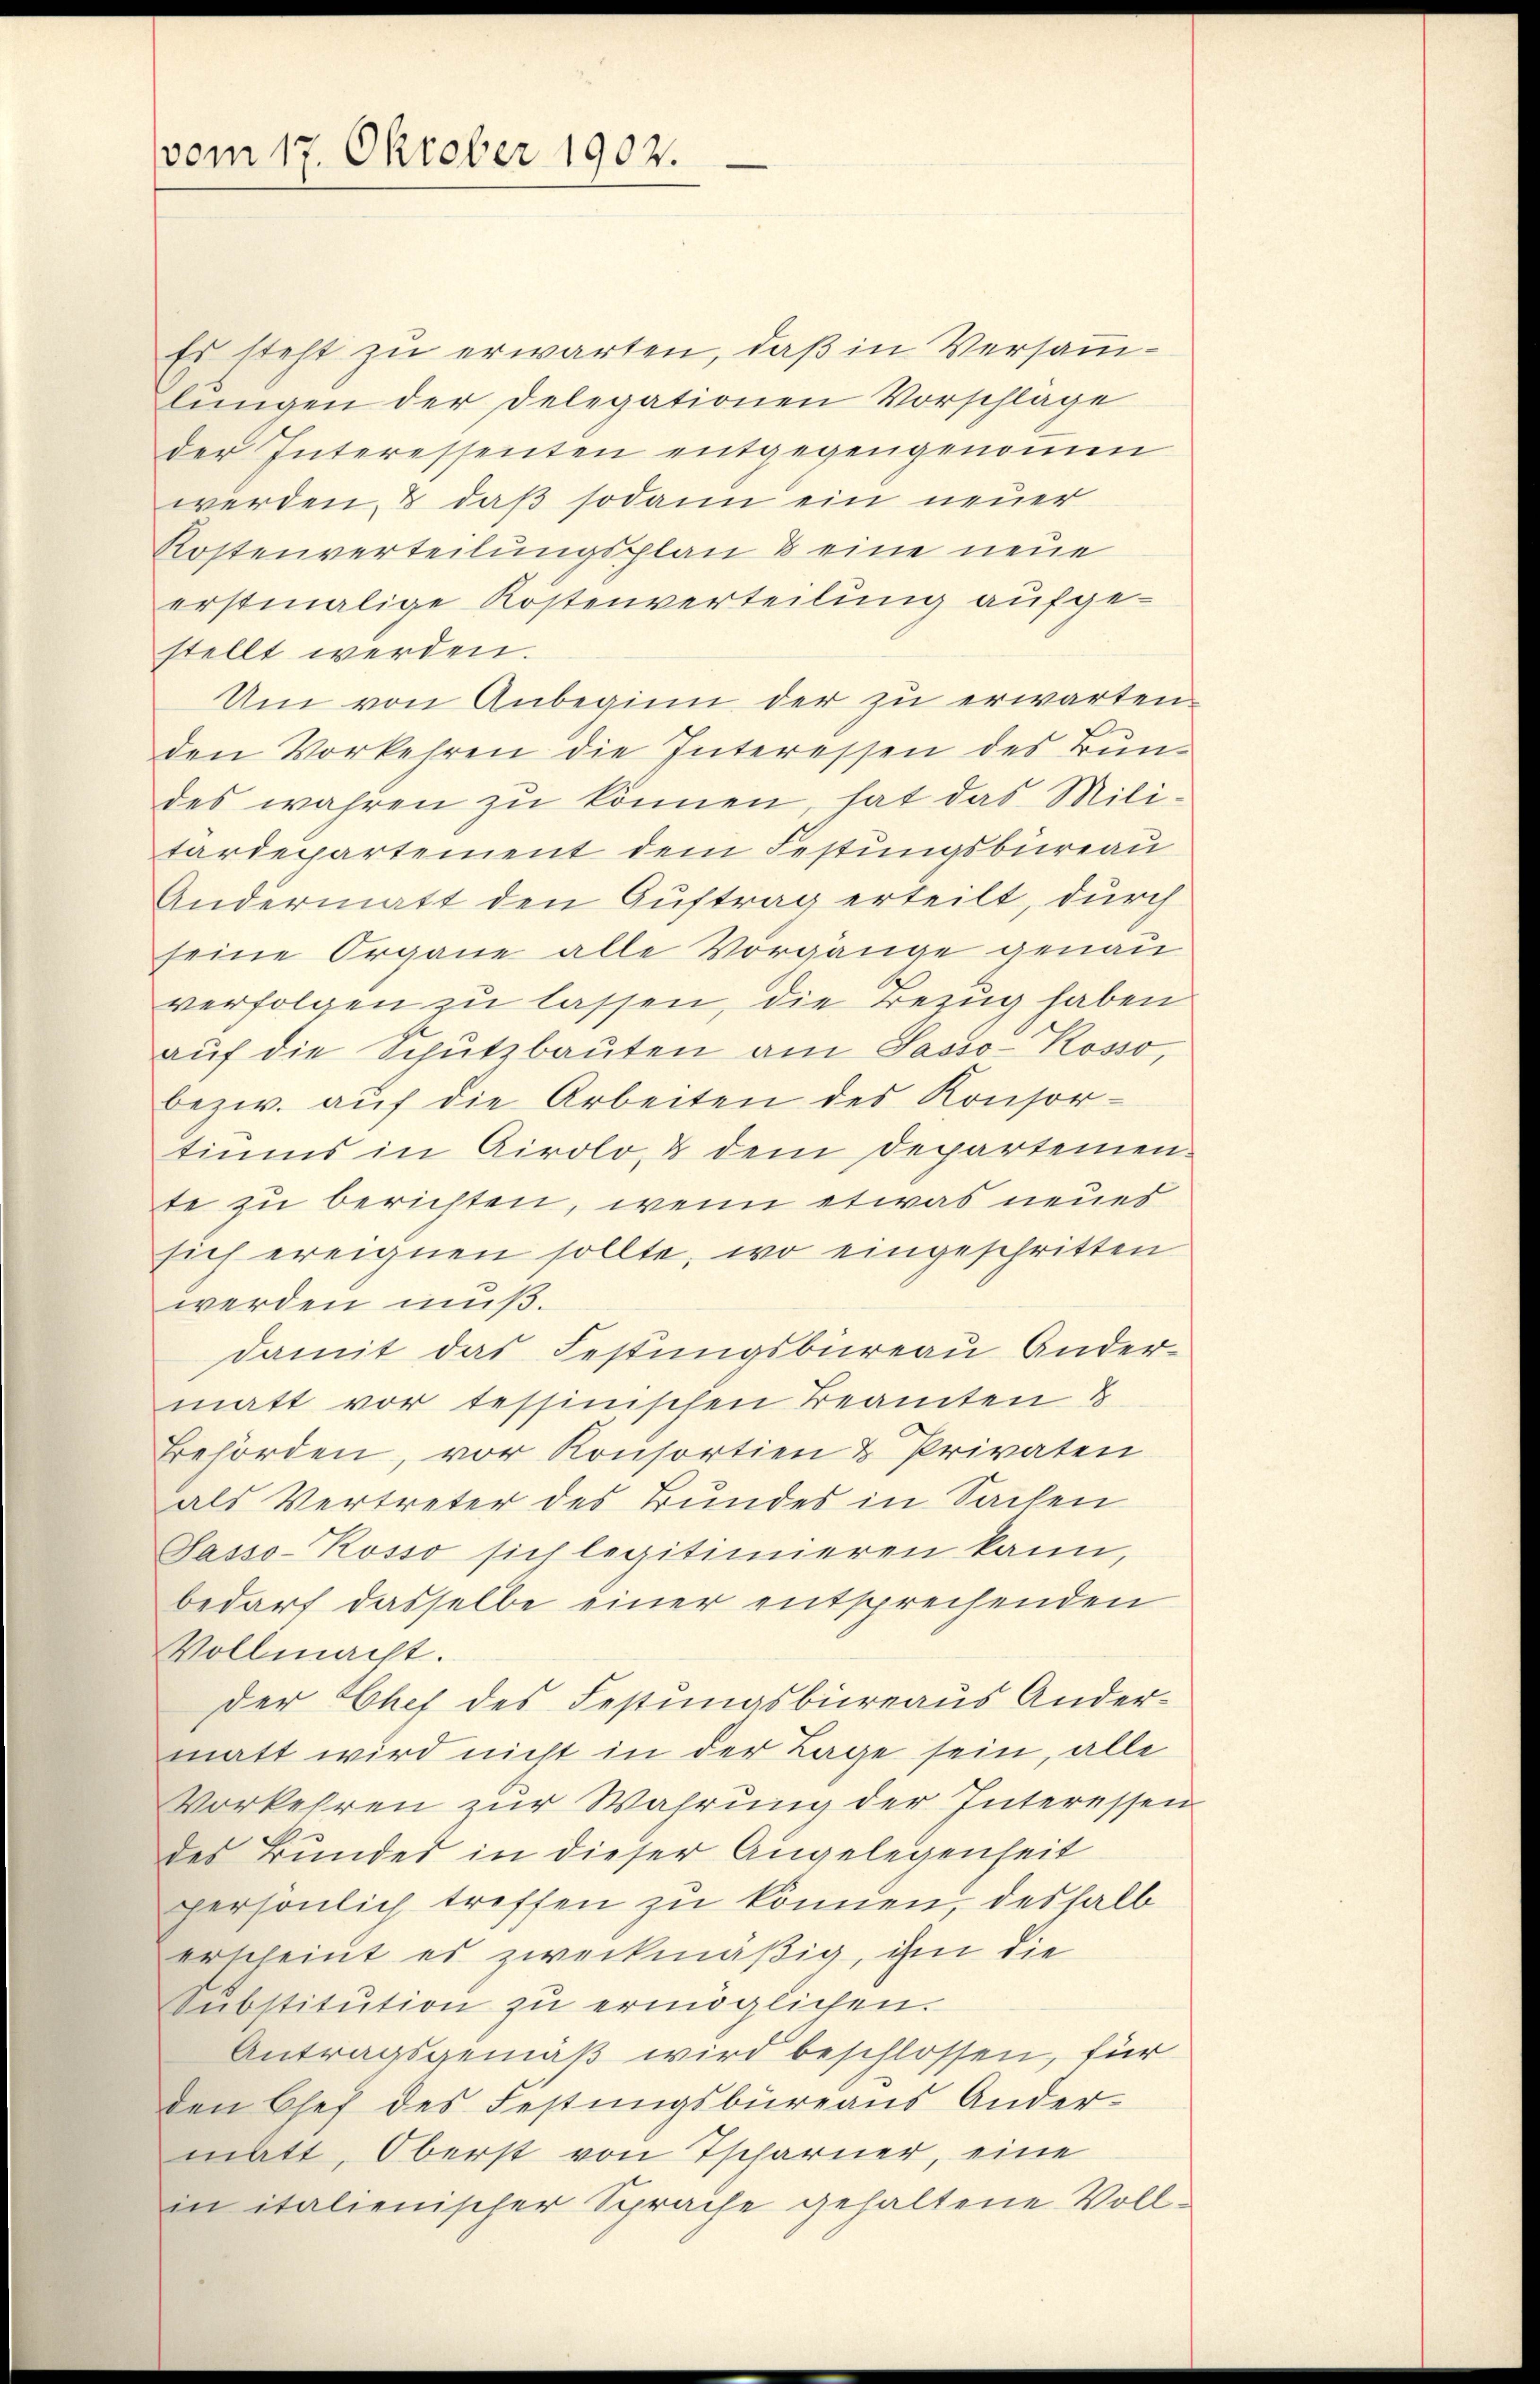
(vom 17. Oktober 1902.

Es steht zu erwarten, daß in Versamlŭngen der Delegationen Vorschlage
der Interessenten entgegengenomen
werden, & daß sodann ein neuer
Kostenverteilungsplan & eine neue
erstmalige Kostenverteilung aufgestellt werden.
Um von Anbeginn der zu erwarten.
den Vorkehren die Interessen des Bundes wahren zu können, hat das Militardepartement dem Festungsbüreau
Andermatt den Auftrag erteilt, durch
seine Organe alle Vorgänge genau
verfolgen zu lassen, die Bezug haben
aŭf die Schutzbauten am Sasso-Koso
bezw. auf die Arbeiten des Konsor-
tiums in Airolo, & dem Departemen
te zu berichten, wenn etwas neues
sich ereignen sollte, wo eingeschritten
werden muß.
damit das Festungsbureau Ander-
matt vor tessinischen Teamten &
Behörden, vor Konsortien & Privaten
als Vertreter des Bundes in Sachen
Sasso-Kosso sich legitimieren kann,
bedarf dasselbe einer entsprechenden
Vollmacht.
der Chef des Festungsbureaus Andermatt wird nicht in der Lage sein, alle
Vorkehren zur Wahrung der Interessen
des Bunder in dieser Angelegenheit
persönlich treffen zu können, deshalb
erscheint es zweckmäßig, ihm die
Substitŭtion zŭ ermöglichen.
Antragsgemäß wird beschlossen, für
den Chef des Festungsbüreaus Ander-
matt, Oberst von Tscharner, eine
in italienischer Sprache gehaltene Voll¬